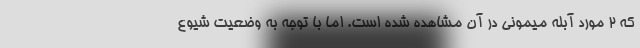
که 2 مورد آبله میمونی در آن مشاهده شده است. اما با توجه به وضعیت شیوع